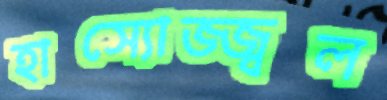
হাস্যোজ্জ্বল